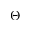
\Theta